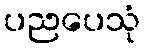
ပညပေသုံ